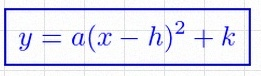
y=a(x-h)^2+k